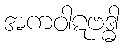
အကဝါဋဗဒ္ဓါ